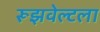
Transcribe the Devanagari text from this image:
रूझवेल्टला